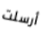
أرسلت